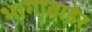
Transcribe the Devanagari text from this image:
भागाबाहेर